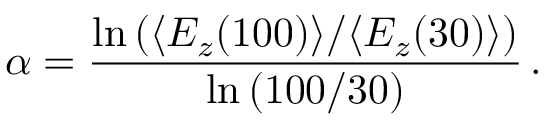
\alpha = \frac { \ln { ( \langle E _ { z } ( 1 0 0 ) \rangle / \langle E _ { z } ( 3 0 ) \rangle ) } } { \ln { ( 1 0 0 / 3 0 ) } } \, .